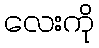
လေးကို